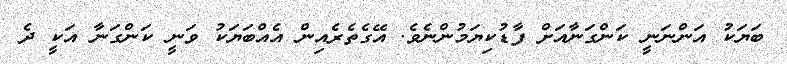
ބަޔަކު އަންނަނީ ކަންގަނާއަށް ފާޑުކިޔަމުންނެވެ. އޭގެތެރެއިން އެއްބަޔަކު ވަނީ ކަންގަނާ އަކީ ދެ